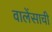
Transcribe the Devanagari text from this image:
वालेंसाची